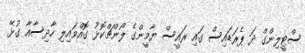
ސްޓީލިންގް ދަ ޕެރަޑައިސް ގައި ރައީސް ޔާމީންގެ ލޯންޗްކޮޅު ގޮއްވައިލި ހާދިސާއާ ގުޅޭ